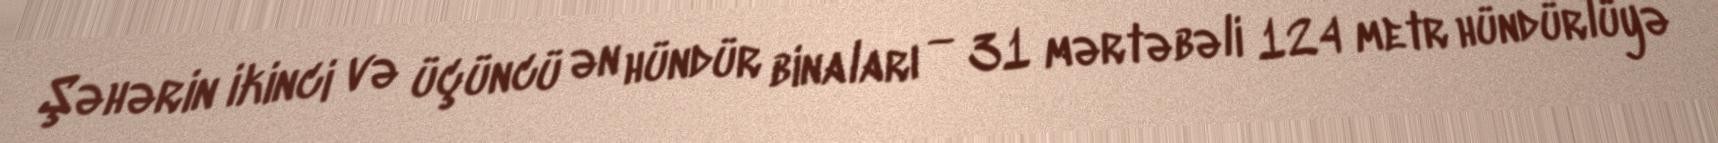
Şəhərin ikinci və üçüncü ən hündür binaları — 31 mərtəbəli 124 metr hündürlüyə